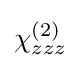
\chi _{zzz}^{(2)}